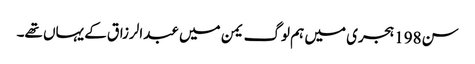
سن198 ہجری میں ہم لوگ یمن میں عبدالرزاق کے یہاں تھے۔